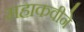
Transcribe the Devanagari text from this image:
महाकवीने